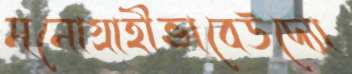
মনোগ্রাহীভাবেউদ্যো